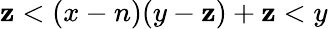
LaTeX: \mathbf{z}<(x-n)(y-\mathbf{z})+\mathbf{z}<y